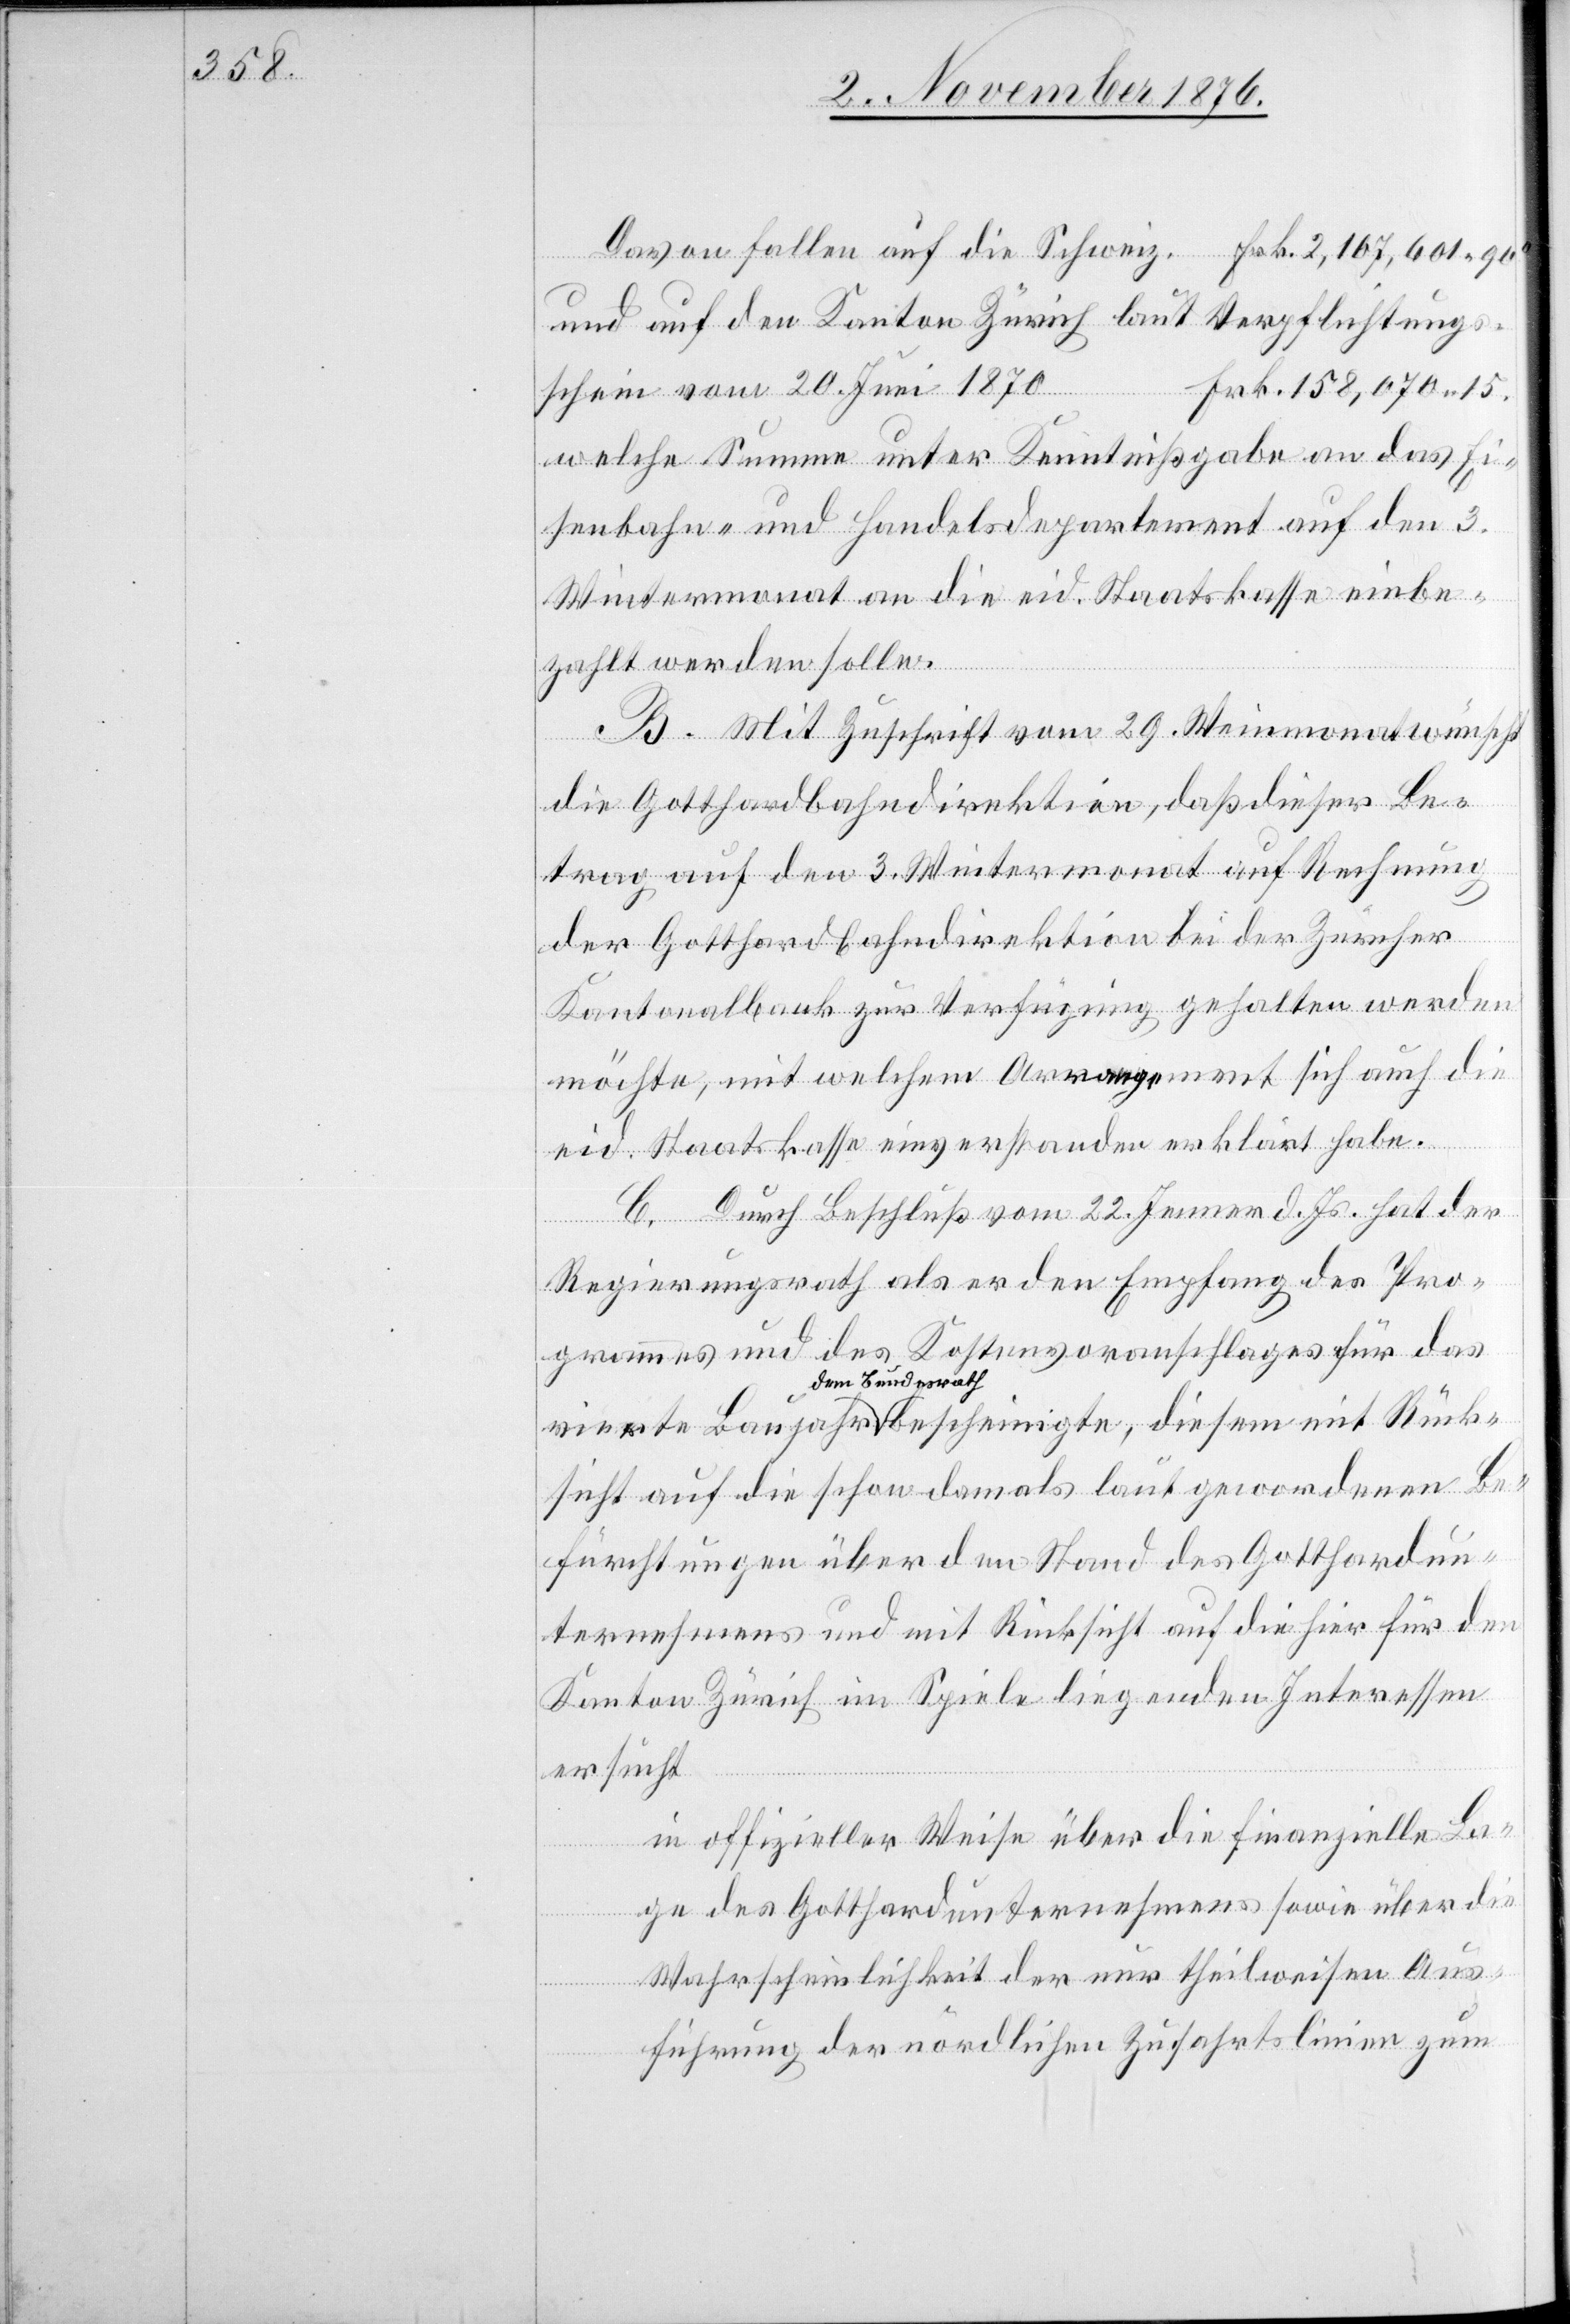
Davon fallen auf die Schweiz. Frk. 2,107,601 96c
und auf den Kanton Zürich laut Verpflichtungs¬
Frk. 158,070 15.
schein vom 20. Juni 1870
welche Summe unter Kenntnißgabe an das Ei¬
senbahn- und Handelsdepartement auf den 3.
Wintermonat an die eid. Staatskasse einbe¬
zahlt werden solle.
B. Mit Zuschrift vom 29. Weinmonat wünscht
die Gotthardbahndirektion, daß dieser Be¬
trag auf den 3. Wintermonat auf Rechnung
der Gotthardbahndirektion bei der Zürcher
Kantonalbank zur Verfügung gehalten werden
möchte, mit welchen Arrangement sich auch die
eid. Staatskasse einverstanden erklärt habe.
C. Durch Beschluß vom 22. Jenner d. Js. hat der
Regierungsrath als er den Empfang des Pro¬
grammes und des Kostenvoranschlages für das
dem Bundesrath
sicht auf die schon damals laut gewordenen Be¬
fürchtungen über den Stand des Gotthardun¬
ternehmens und mit Rücksicht auf die hier für den
Kanton Zürich im Spiele liegenden Interessen
ersucht
in offizieller Weise über die finanzielle La¬
ge des Gotthardunternehmens sowie über die
Wahrscheinlichkeit der nur theilweisen Aus¬
führung der nördlichen Zufahrtslinien zum